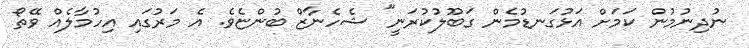
ނުދިނުމުން ކަމަށް އަޅުގަނޑުމެން ގަބޫލުކުރަނީ" ޝެހެނާޒް ބުންޏެވެ. އެ މަރުގައި އިހުމާލެއް ވޭތޯ